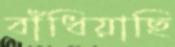
বাঁধিয়াছি